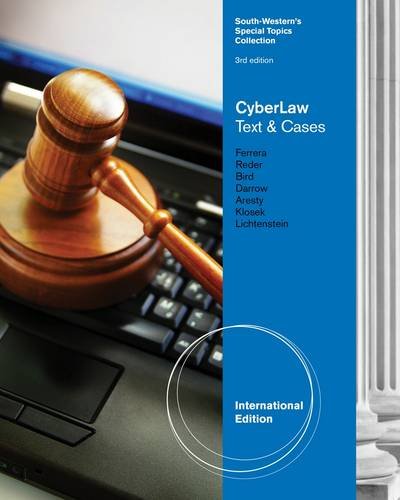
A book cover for CyberLaw: Text and Cases; Robert Bird; Computers & Technology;